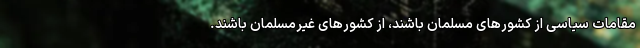
مقامات سیاسی از کشورهای مسلمان باشند، از کشورهای غیرمسلمان باشند.